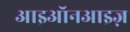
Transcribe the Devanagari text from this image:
आइऑनआइज़